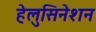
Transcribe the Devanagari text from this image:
हेलुसिनेशन